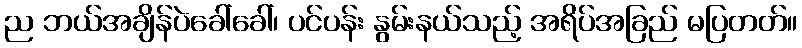
ည ဘယ်အချိန်ပဲခေါ်ခေါ်၊ ပင်ပန်း နွမ်းနယ်သည့် အရိပ်အခြည် မပြတတ်။